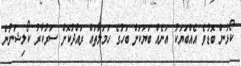
ކޯޅުން ބޮޑުވެ އެއްބަޔަކު އަނެއް ބަޔަކަށް ބަހުގެ ހަމަލާތައް ރައްދުކޮށް ސަރުކާރު ކޯލިޝަނުން